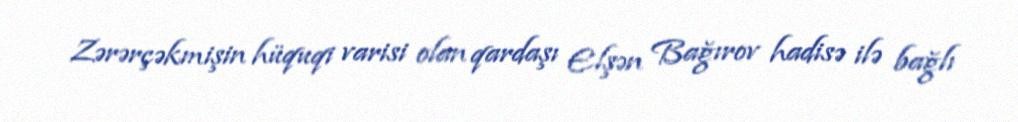
Zərərçəkmişin hüquqi varisi olan qardaşı Elşən Bağırov hadisə ilə bağlı